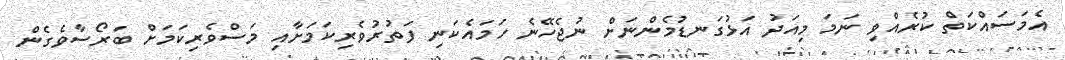
އެމަސައްކަތް ކުރެއްވި ނަމަ މިއަދު އަޅުގަނޑުމެންނަށް ނުޖެހޭނެ ހަމައެކަނި ފަތުރުވެރިކަމަށާއި މަސްވެރިކަމަށް ބަރޯސާވެގެން